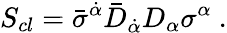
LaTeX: S_{cl}=\bar{\sigma}^{\dot{\alpha}}\bar{D}_{\dot{\alpha}}D_{\alpha}\sigma^{\alpha}\ .